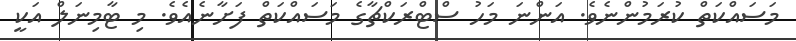
މަސައްކަތް ކުރަމުންނެވެ. އަންނަ މަހު ސްޓްރަކްޗާގެ މަސައްކަތް ފަށާނެއެވެ. މި ޓާމިނަލް އަކީ